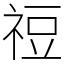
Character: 䄈